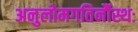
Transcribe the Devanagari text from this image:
अनुलोमगतिर्नौस्थः